Insane asylums Bombay 1873-77 - 1873-1877
Year: 1873
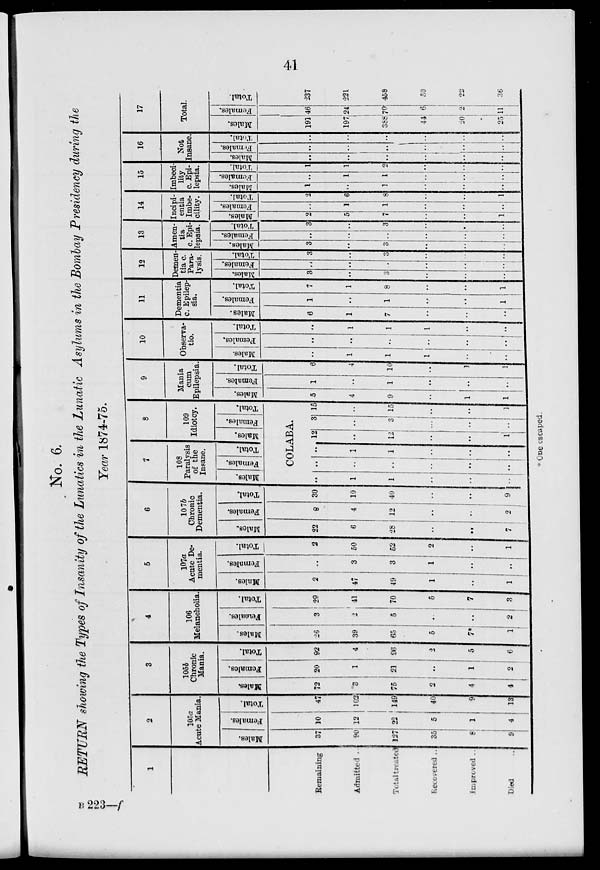
41
No. 6.
RETURN showing the Types of Insanity of the Lunatics in the Lunatic Asylums in the Bombay Presidency during the
Year 1874-75.
1
Remaining
Admitted ..
Total treated
Recovered ..
Improved ..
Died ..
2
105a
Acute Mania.
Males.
37
90
127
35
8
9
Females.
10
12
22
5
1
4
Total.
47
102
149
40
9
13
3
105b
Chronic
Mania.
Males.
72
3
75
2
4
4
Females.
20
1
21
..
1
2
Total.
92
4
96
2
5
6
4
106
Melancholia.
Males.
26
39
65
5
7*
1
Females.
3
2
5
..
..
2
Total.
29
41
70
5
7
3
5
107a
Acute De-
mentia.
Males.
2
47
49
1
..
1
Females.
..
3
3
1
..
..
Total.
2
50
52
2
..
1
6
107b
Chronic
Dementia.
Males.
22
6
28
..
..
7
Females.
8
4
12
..
..
2
Total.
30
10
40
..
..
9
7
108
Paralysis
of the
Insane.
Males.
Females.
Total.
8
109
Idiotcy.
Males.
Females.
Total.
COLABA.
..
1
1
..
..
..
..
..
..
..
..
..
..
1
1
..
..
..
12
..
12
..
..
1
3
..
3
..
..
..
15
..
15
..
..
1
9
Mania
cum
Epilepsia.
Males.
5
4
9
..
1
1
Females.
1
..
1
..
..
..
Total.
6
4
10
..
1
1
10
Observa-
tio.
Males.
..
1
1
1
..
..
Females.
..
..
..
..
..
..
Total.
..
1
1
1
..
..
11
Dementia
c. Epilep-
sia.
Males.
6
1
7
..
..
..
Females.
1
..
1
..
..
1
Total.
7
1
8
..
..
1
12
Demen
tia c.
Para-
lysis.
Males.
3
..
3
..
..
..
Females.
..
..
..
..
..
..
Total.
3
..
3
..
..
..
13
Amen-
tia
c. Epi-
lepsia.
Males.
3
..
3
..
..
..
Females.
..
..
..
..
..
..
Total.
3
..
3
..
..
..
14
Incipi-
entia
Imbe-
cility.
Males.
2
5
7
..
..
1
Females.
..
1
1
..
..
..
Total.
2
6
8
..
..
1
15 Imbeci
lity
c. Epi-
lepsia.
Males.
1
..
1
..
..
..
Females.
..
1
1
..
..
..
Total.
1
1
2
..
..
..
16
Not
Insane.
Males.
..
..
..
..
..
..
Females.
..
..
..
..
..
..
Total.
..
..
..
..
..
..
17
Total.
Males.
191
197
388
44
20
25
Females.
46
24
70
6
2
11
Total.
237
221
458
50
22
36
*One escaped.
B 223—f